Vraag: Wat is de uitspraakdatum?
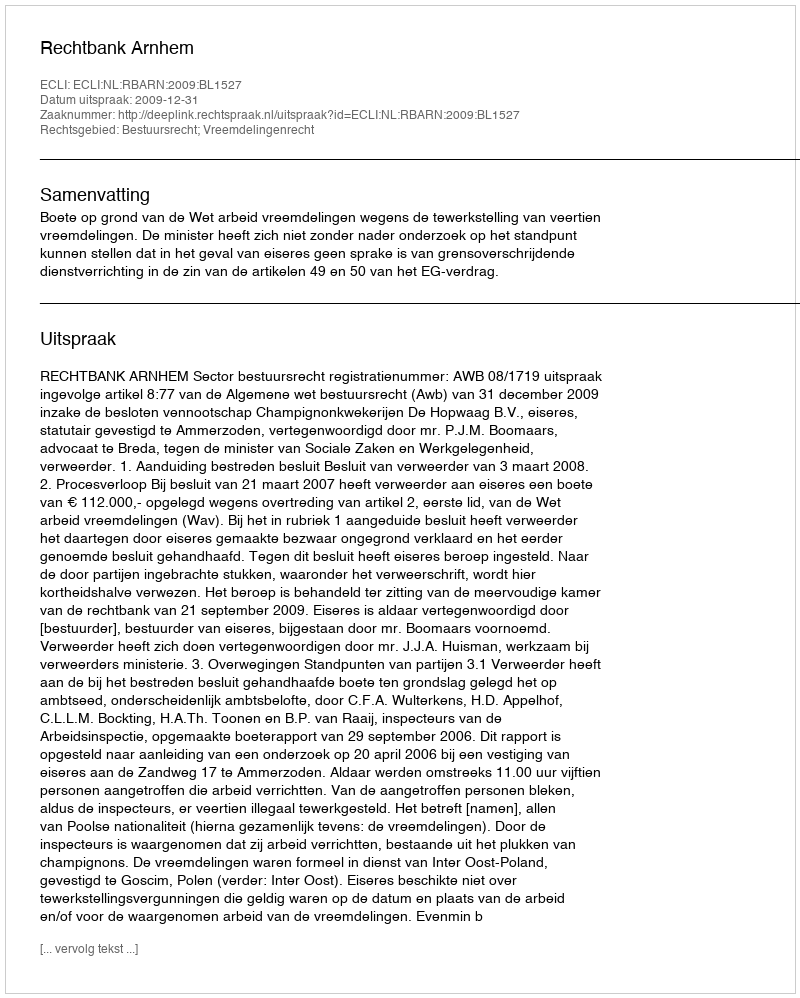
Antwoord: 2009-12-31